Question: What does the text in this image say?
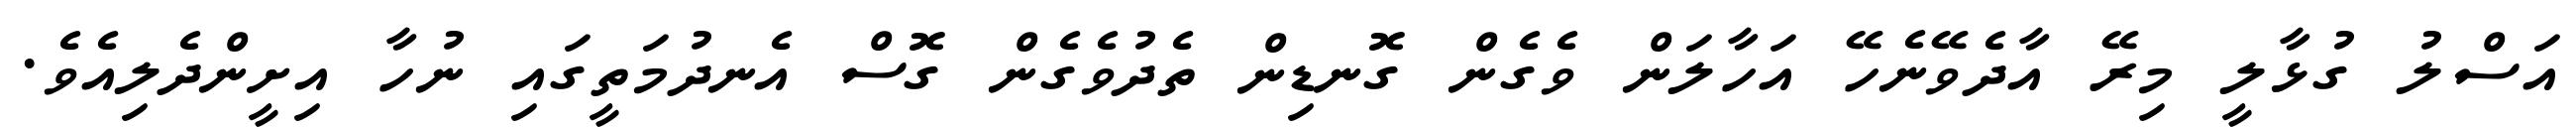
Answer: އަސްލު ގުޅާލީ މިރޭ އާދެވޭނެހޭ އަހާލަން ވެގެން ގޮނޑިން ތެދުވެގެން ގޮސް އެނދުމަތީގައި ނުހާ އިށީންދެލިއެވެ.